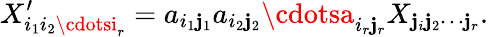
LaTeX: X_{i_{1}i_{2}\cdotsi_{r}}^{\prime}=a_{i_{1}\mathbf{j}_{1}}a_{i_{2}\mathbf{j}_{2}}\cdotsa_{i_{r}\mathbf{j}_{r}}X_{\mathbf{j}_{i}\mathbf{j}_{2}\cdots\mathbf{j}_{r}}.